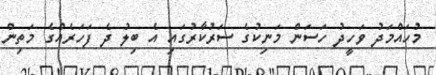
މުހައްމަދު ވަހީދު ހަސަން މަނިކުގެ ސަރުކާރުގައި އެ ބިލު ދެ ފަހަރެއްގެ މަތިން